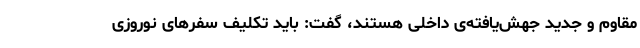
مقاوم و جدید جهش‌یافته‌ی داخلی هستند، گفت: باید تکلیف سفرهای نوروزی